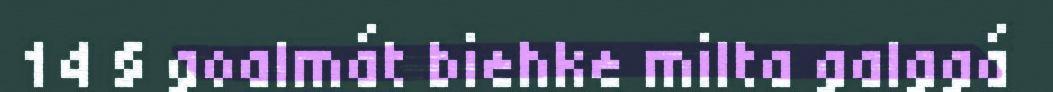
14 § goalmát biehke milta galggá